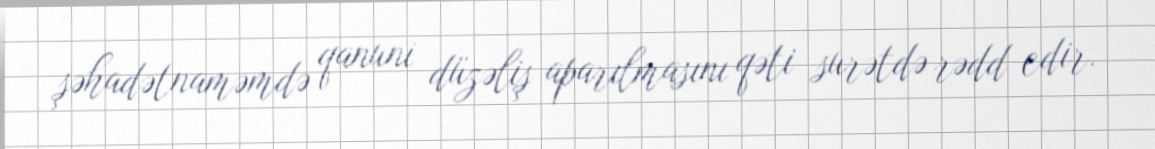
şəhadətnaməmdə qanuni düzəliş aparılmasını qəti surətdə rədd edir.